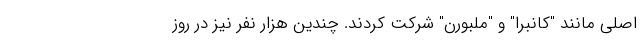
اصلی مانند "کانبرا" و "ملبورن" شرکت کردند. چندین هزار نفر نیز در روز